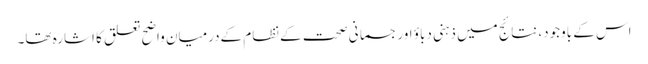
اس کے باوجود، نتائج میں ذہنی دباؤ اور جسمانی صحت کےنظام کےدرمیان واضح تعلق کا اشارہ تھا۔